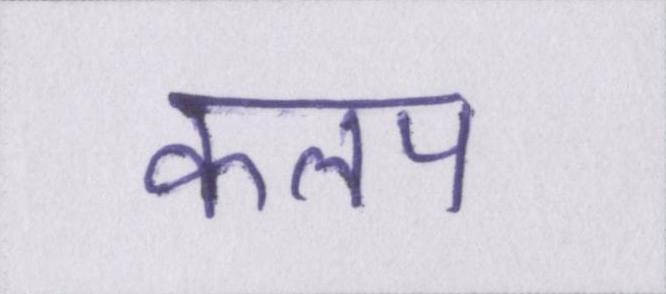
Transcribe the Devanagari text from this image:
कलप